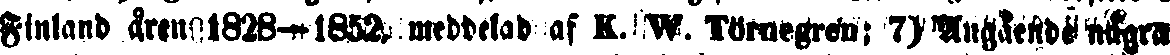
Finland åren 1828—1852, meddelad af K. W. Törnegrén; 7) Angående några